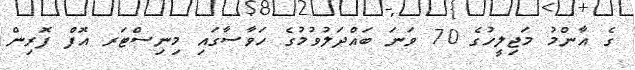
ގެ އާންމު މަޖިލީހުގެ 70 ވަނަ ބައްދަލުވުމުގެ ހަވާސާގައި މިނިސްޓަރ އޮފް ފޮރިން